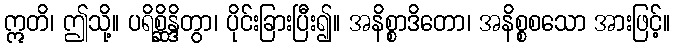
ဣတိ၊ ဤသို့။ ပရိစ္ဆိန္ဒိတွာ၊ ပိုင်းခြားပြီး၍။ အနိစ္စာဒိတော၊ အနိစ္စစသော အားဖြင့်။